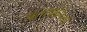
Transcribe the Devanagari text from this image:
बलशालियों